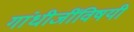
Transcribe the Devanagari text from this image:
गांधीजींविषयी